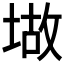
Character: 𫮆